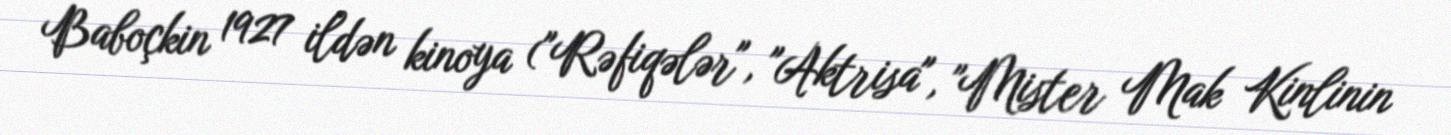
Baboçkin 1927 ildən kinoya ("Rəfiqələr", "Aktrisa", "Mister Mak Kinlinin